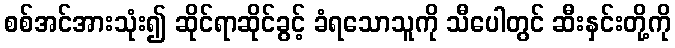
စစ်အင်အားသုံး၍ ဆိုင်ရာဆိုင်ခွင့် ခံရသောသူကို သီပေါတွင် ဆီးနှင်းတို့ကို